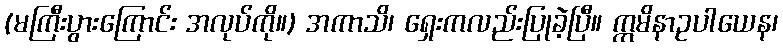
(မကြီးပွားကြောင်း အလုပ်ကို။) အကာသိ၊ ရှေးကလည်းပြုခဲ့ပြီ။ ဣမိနာဥပါယေန၊